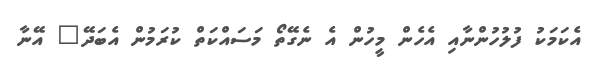
އެކަމަކު ފުލުހުންނާއި އެހެން މީހުން އެ ނެގޭތޯ މަސައްކަތް ކުރަމުން އެބަދޭ" އޭނާ